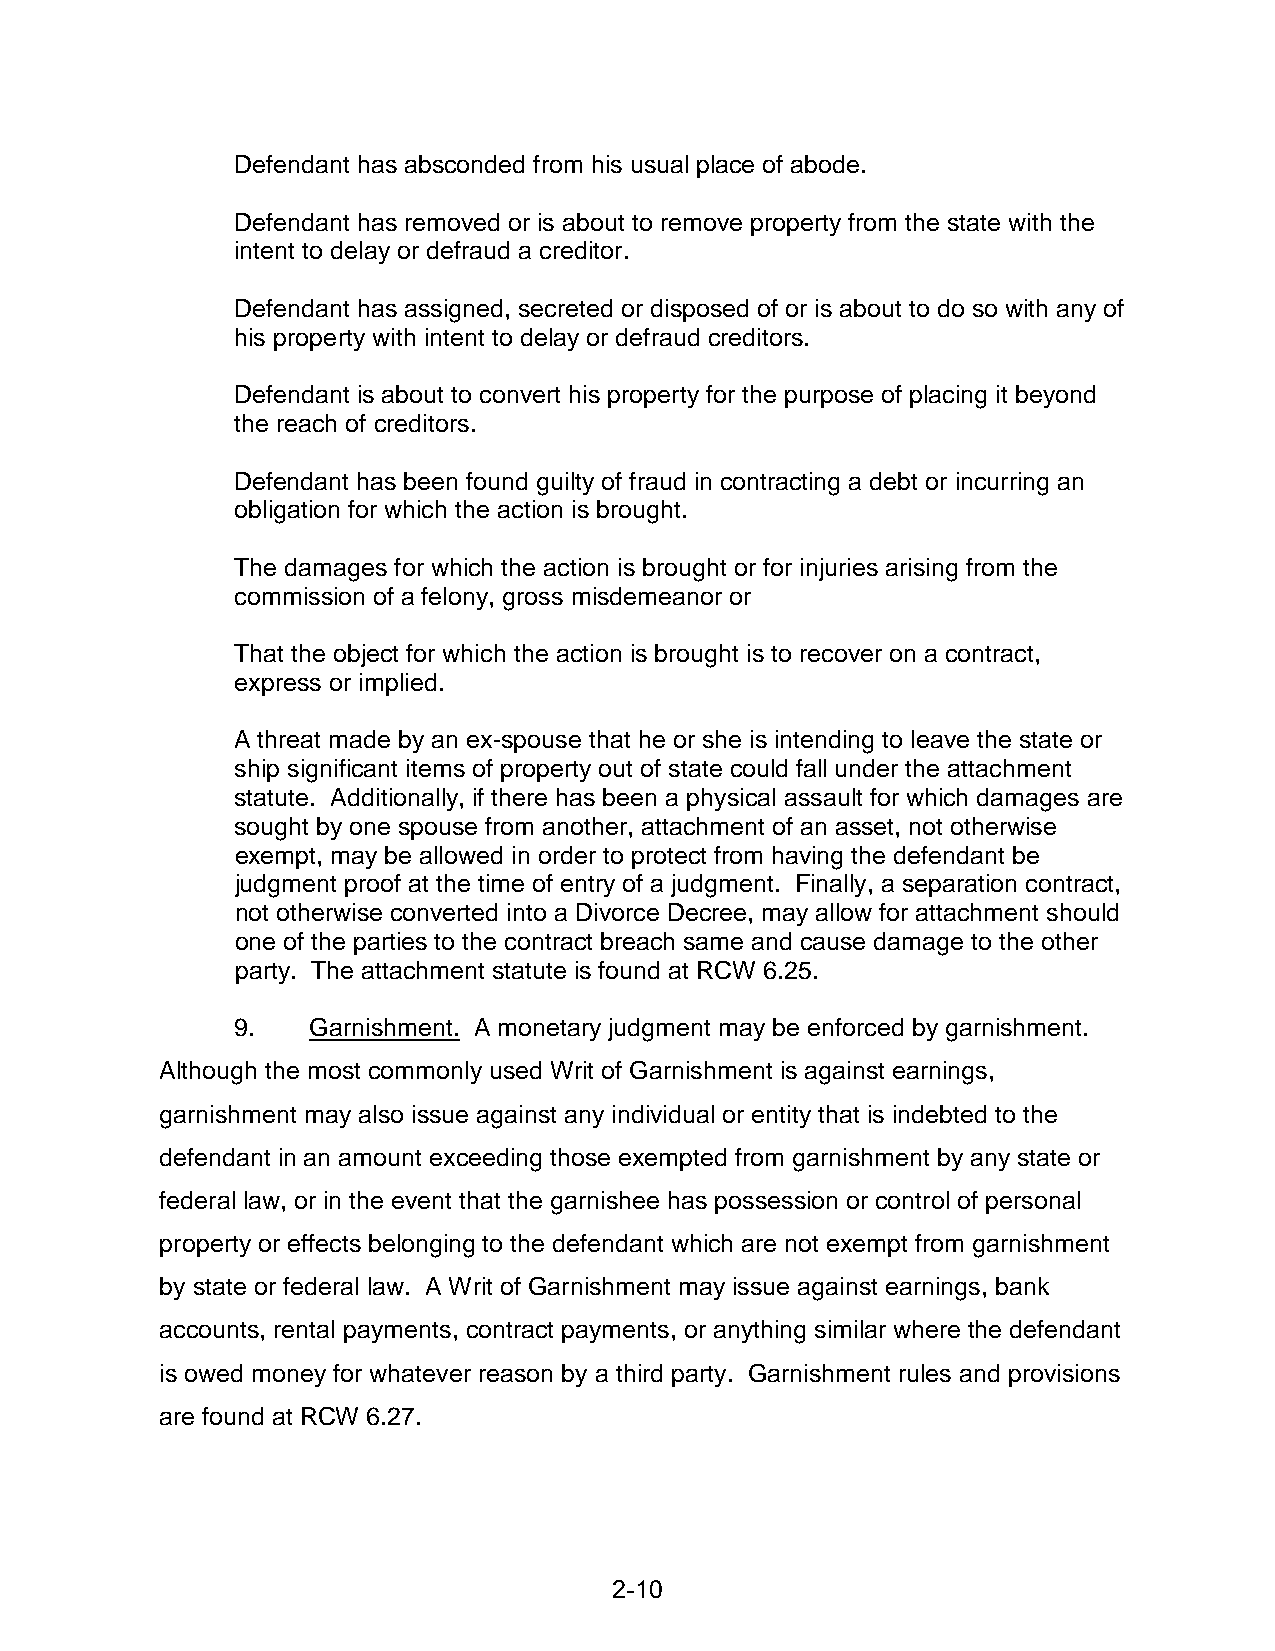
Defendant has absconded from his usual place of abode.
 Defendant has removed or is about to remove property from the state with the
 intent to delay or defraud a creditor.
 Defendant has assigned, secreted or disposed of or is about to do so with any of
 his property with intent to delay or defraud creditors.
 Defendant is about to convert his property for the purpose of placing it beyond
 the reach of creditors.
 Defendant has been found guilty of fraud in contracting a debt or incurring an
 obligation for which the action is brought.
 The damages for which the action is brought or for injuries arising from the
 commission of a felony, gross misdemeanor or
 That the object for which the action is brought is to recover on a contract,
 express or implied.
 A threat made by an ex-spouse that he or she is intending to leave the state or
 ship significant items of property out of state could fall under the attachment
 statute. Additionally, if there has been a physical assault for which damages are
 sought by one spouse from another, attachment of an asset, not otherwise
 exempt, may be allowed in order to protect from having the defendant be
 judgment proof at the time of entry of a judgment. Finally, a separation contract,
 not otherwise converted into a Divorce Decree, may allow for attachment should
 one of the parties to the contract breach same and cause damage to the other
 party. The attachment statute is found at RCW 6.25.
 9.  Garnishment. A monetary judgment may be enforced by garnishment.
 Although the most commonly used Writ of Garnishment is against earnings,
 garnishment may also issue against any individual or entity that is indebted to the
 defendant in an amount exceeding those exempted from garnishment by any state or
 federal law, or in the event that the garnishee has possession or control of personal
 property or effects belonging to the defendant which are not exempt from garnishment
 by state or federal law. A Writ of Garnishment may issue against earnings, bank
 accounts, rental payments, contract payments, or anything similar where the defendant
 is owed money for whatever reason by a third party. Garnishment rules and provisions
 are found at RCW 6.27.
 2-10